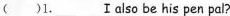
( )1._____Ⅰalso be his pen pal?